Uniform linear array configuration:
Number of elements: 48
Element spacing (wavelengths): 0.5
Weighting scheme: blackman
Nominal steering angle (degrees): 0
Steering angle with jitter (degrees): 0.2571
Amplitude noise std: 0.05
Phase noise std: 0.05

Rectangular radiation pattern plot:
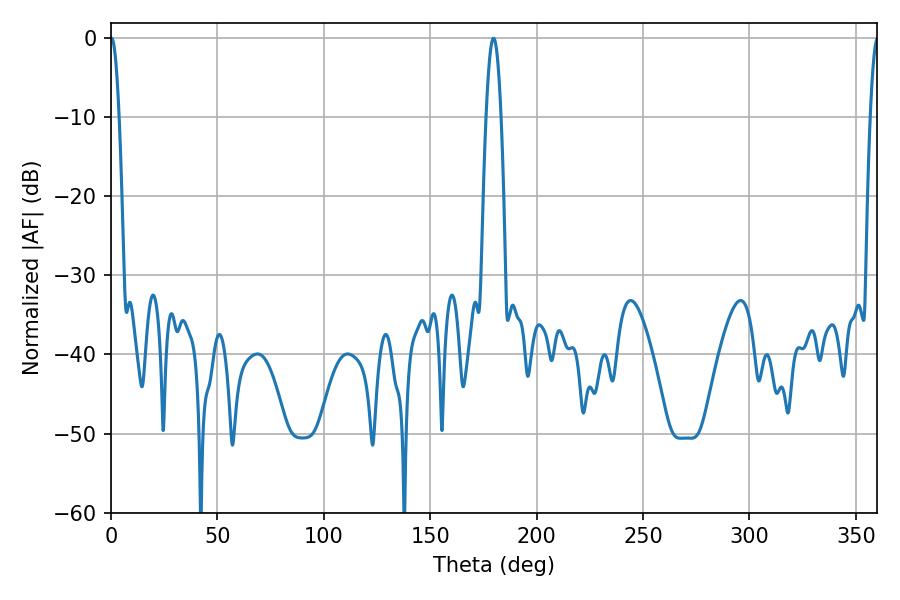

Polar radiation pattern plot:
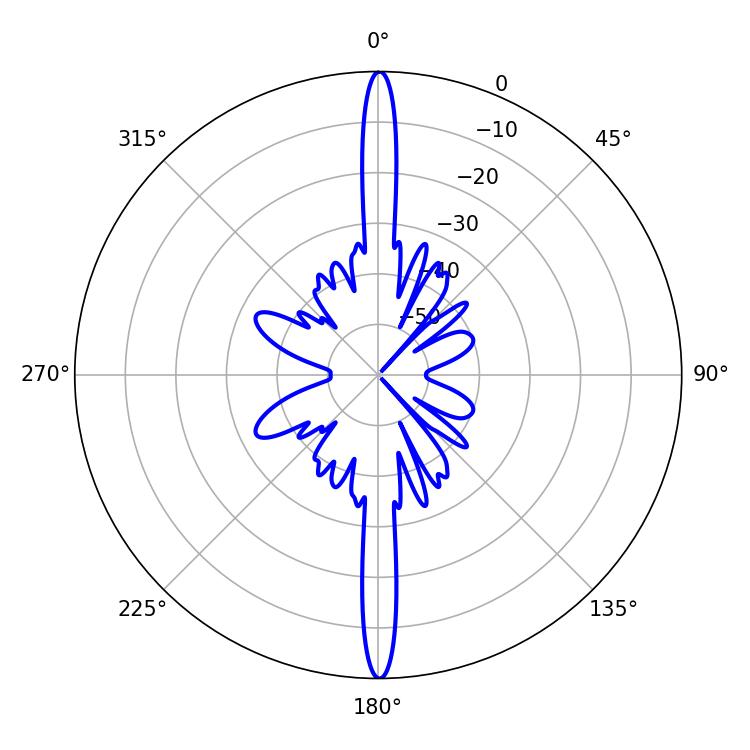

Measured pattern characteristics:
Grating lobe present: FALSE
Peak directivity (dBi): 35.414
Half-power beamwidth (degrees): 2.16
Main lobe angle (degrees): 0.18